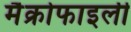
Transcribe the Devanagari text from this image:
मैक्रोफाइली